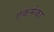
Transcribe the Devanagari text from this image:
एकमेका